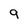
Character: 9